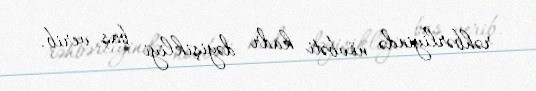
rəhbərliyində növbəti kadr dəyişikliyi baş verib.